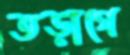
তড়াগে